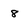
Character: 8